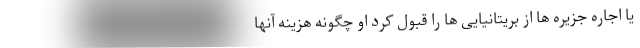
یا اجاره جزیره ها از بریتانیایی ها را قبول کرد او چگونه هزینه آنها